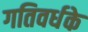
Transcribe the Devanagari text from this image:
गतिवर्धके